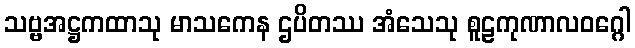
သဗ္ဗအဋ္ဌကထာသု မာသကေန ဌပိတဿ အံသေသု စူဠကုဏာလဝဂ္ဂေါ